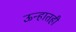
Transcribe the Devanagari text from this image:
ऊन्हातही